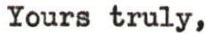
Yours truly,